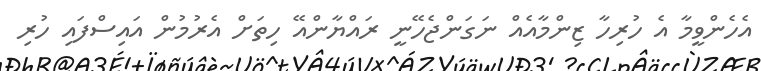
އެހެންވީމާ އެ ހުރިހާ ޒިންމާއެއް ނަގަންޖެހޭނީ ރައްޔާންއޭ ހިތަށް އެރުމުން އައިސްފައި ހުރި